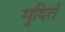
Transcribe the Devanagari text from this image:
मुदितं